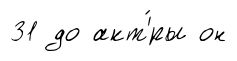
31 до акт'́ры он